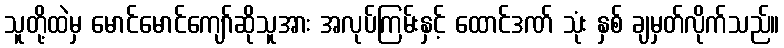
သူတို့ထဲမှ မောင်မောင်ကျော်ဆိုသူအား အလုပ်ကြမ်းနှင့် ထောင်ဒဏ် သုံး နှစ် ချမှတ်လိုက်သည်။